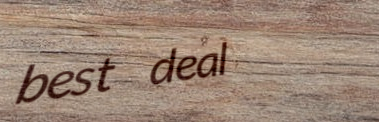
best deal